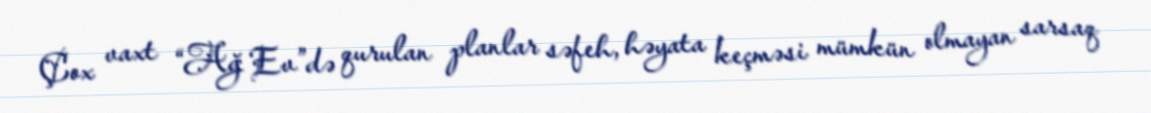
Çox vaxt “Ağ Ev”də qurulan planlar səfeh, həyata keçməsi mümkün olmayan sarsaq